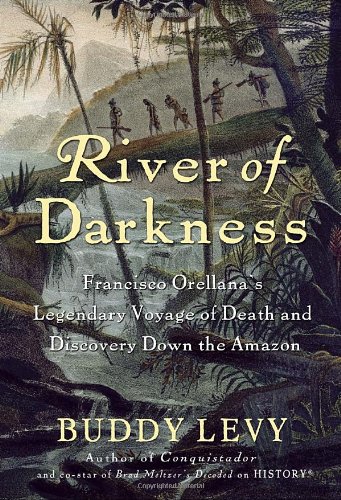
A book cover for River of Darkness: Francisco Orellana's Legendary Voyage of Death and Discovery Down the Amazon; Buddy Levy; History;